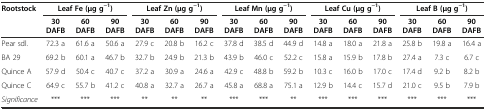
| <ROWSPAN=2> Rootstock | <COLSPAN=3> Leaf Fe (μg g−1) | <COLSPAN=3> Leaf Zn (μg g−1) | <COLSPAN=3> Leaf Mn (μg g−1) | <COLSPAN=3> Leaf Cu (μg g−1) | <COLSPAN=3> Leaf B (μg g−1) |
 | 30 DAFB | 60 DAFB | 90 DAFB | 30 DAFB | 60 DAFB | 90 DAFB | 30 DAFB | 60 DAFB | 90 DAFB | 30 DAFB | 60 DAFB | 90 DAFB | 30 DAFB | 60 DAFB | 90 DAFB |
 | --- | --- | --- | --- | --- | --- | --- | --- | --- | --- | --- | --- | --- | --- | --- | --- |
 | Pear sdl. | 72.3 a | 61.6 a | 50.6 a | 27.9 c | 20.8 b | 16.2 c | 37.8 d | 38.5 d | 44.9 d | 14.8 a | 18.0 a | 21.8 a | 25.8 b | 19.8 a | 16.4 a |
 | BA 29 | 69.2 b | 60.1 a | 46.7 b | 32.7 b | 24.9 b | 21.3 b | 43.9 b | 46.0 c | 52.2 c | 15.8 a | 15.9 b | 17.8 b | 27.4 a | 7.3 c | 6.7 c |
 | Quince A | 57.9 d | 50.4 c | 40.7 c | 37.2 a | 30.9 a | 24.6 a | 42.9 c | 48.8 b | 59.2 b | 10.3 c | 16.0 b | 17.0 c | 17.4 d | 9.2 b | 8.2 b |
 | Quince C | 64.9 c | 55.7 b | 41.2 c | 40.8 a | 32.7 a | 26.7 a | 45.8 a | 68.8 a | 75.1 a | 12.9 b | 14.4 c | 15.7 d | 21.0 c | 9.5 b | 7.9 b |
 | Significance | *** | *** | *** | ** | ** | ** | *** | *** | ** | *** | *** | *** | *** | *** | *** |